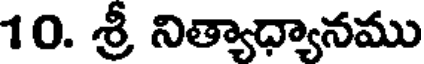
10. శ్రీ నిత్యాధ్యానము